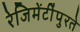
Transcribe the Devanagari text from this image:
रेजिमेंटींपुरते